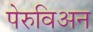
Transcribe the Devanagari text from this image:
पेरुविअन